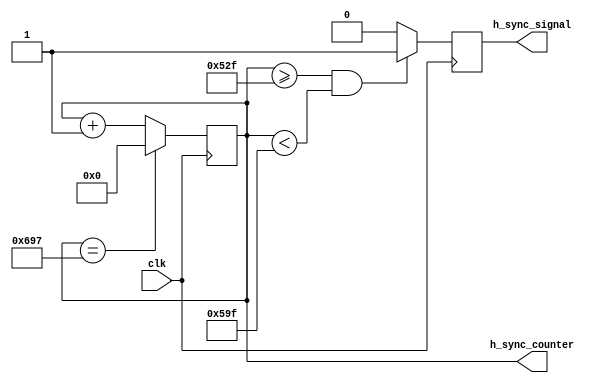

`ifndef _H_SYNC_
`define _H_SYNC_
module h_sync #(
    parameter H_RES = 1280,
    H_FRONT_PORCH = 48,
    H_SYNC_PULSE = 112,
    H_BACK_PORCH = 248
) (
    input clk,
    output reg h_sync_signal,
    output reg [10:0] h_sync_counter
);
    initial begin
        h_sync_signal = 0;
        h_sync_counter = 11'b0;
    end

    always @(posedge clk) begin        
        if(h_sync_counter == (H_RES+H_FRONT_PORCH+H_SYNC_PULSE+H_BACK_PORCH - 1))
			h_sync_counter <= 11'b0;
		else
		    h_sync_counter <= h_sync_counter + 1;
    end

    always @(posedge clk) begin
        if(h_sync_counter >= (H_RES+H_FRONT_PORCH - 1) && h_sync_counter < (H_RES+H_FRONT_PORCH+H_SYNC_PULSE - 1))
            h_sync_signal <= 1'b1;
        else
            h_sync_signal <= 1'b0;
    end
endmodule
`endif